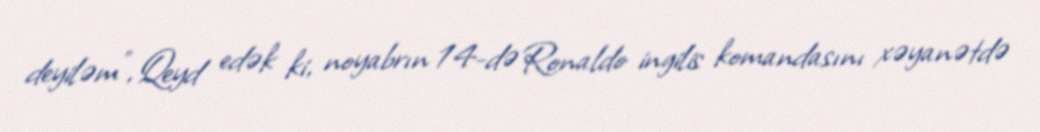
deyiləm”, Qeyd edək ki, noyabrın 14-də Ronaldo ingilis komandasını xəyanətdə